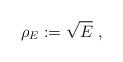
LaTeX: \begin{align*}\rho_E:=\sqrt {E}\ ,\end{align*}